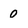
Character: o